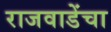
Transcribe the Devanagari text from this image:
राजवाडेंचा